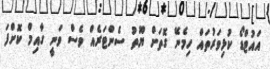
އައުޓްޑޯ ކުޅިވަރުތައް ހިމެނޭ ގޮތަށް ޔޫތު ސެންޓަރެއް ވެސް ވަނީ ގާއިމް ކޮށްފަ